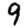
Digit: 9